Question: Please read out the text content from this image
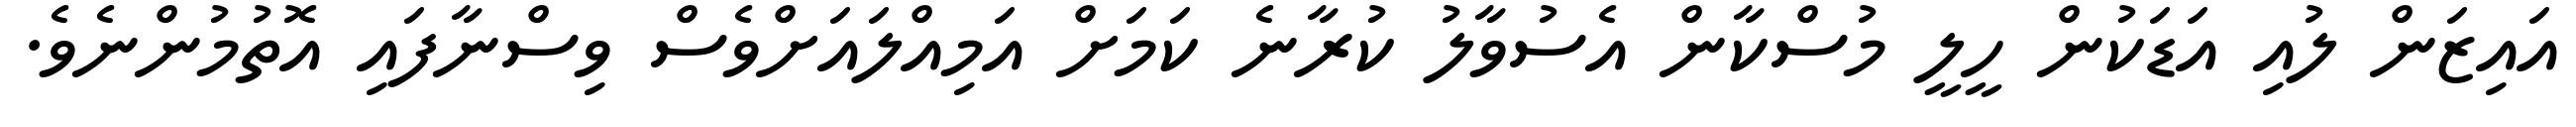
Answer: އައިޒަން ލުއި އަޑަކުން ހީލީ މުސްކާން އެސުވާލު ކުރާނެ ކަމަށް އަމިއްލައަށްވެސް ވިސްނާފައި އޮތުމުންނެވެ.